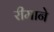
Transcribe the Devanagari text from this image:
रीमाने